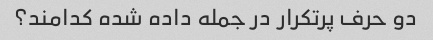
دو حرف پرتکرار در جمله داده شده کدامند؟